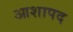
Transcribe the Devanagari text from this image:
आशापद